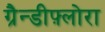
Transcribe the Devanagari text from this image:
ग्रैन्डीफ़्लोरा